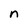
Character: n